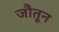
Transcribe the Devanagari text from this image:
जौतून